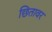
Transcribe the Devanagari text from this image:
छितावर